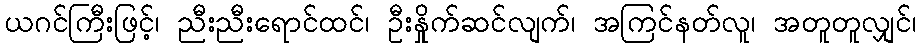
ယဂင်ကြီးဖြင့်၊ ညီးညီးရောင်ထင်၊ ဦးနှိုက်ဆင်လျက်၊ အကြင်နတ်လူ၊ အတူတူလျှင်၊